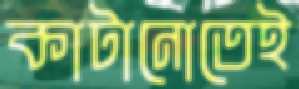
কাটানোতেই